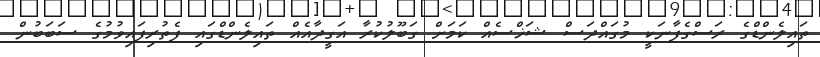
ތައިލެންޑްގެ ރަސްގެފާނަކީ މުގައްދަސް ޝަޚްސެއް ކަމަށް ގަބޫލުކުރާ އަގީދާއެއް ތައިލެންޑްގައި ފެތުރިފައިވުމުގެ ސަބަބުން